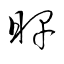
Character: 睥